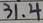
3 1 . 4